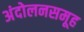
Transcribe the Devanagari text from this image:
अंदोलनसमूह